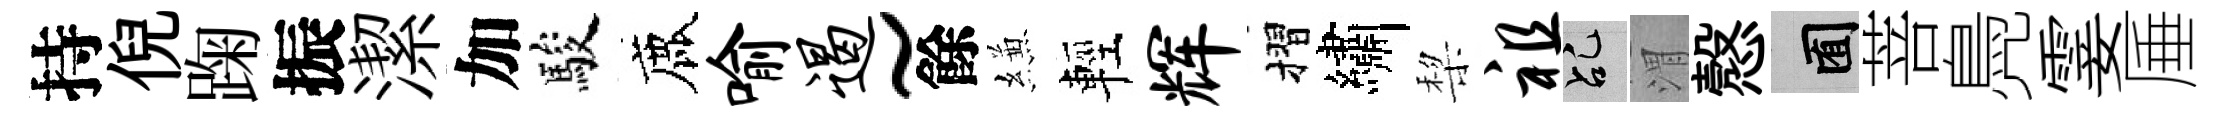
持倪踘振潔加駿鹿喻遏~餘縑輕辉摺繡棃祖乩渭慤囿菩鳧霎厜